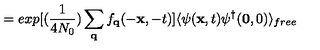
= e x p \mathrm { } [ \mathrm { } ( \frac { 1 } { 4 N _ { 0 } } ) \sum _ { { \bf { q } } } f _ { { \bf { q } } } ( - { \bf { x } } , - t ) \mathrm { } ] \langle \psi ( { \bf { x } } , t ) \psi ^ { \dagger } ( { \bf { 0 } } , 0 ) \rangle _ { f r e e }